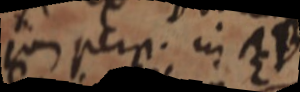
jam perp. in AB